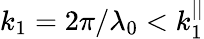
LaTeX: k_{1}=2\pi/\lambda_{0}<k_{1}^{||}